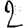
Digit: 2